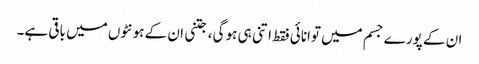
ان کے پورے جسم میں توانائی فقط اتنی ہی ہو گی، جتنی ان کے ہونٹوں میں باقی ہے۔